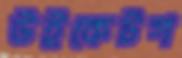
উইকেটগ